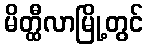
မိတ္ထီလာမြို့တွင်